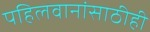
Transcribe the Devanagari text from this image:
पहिलवानांसाठीही